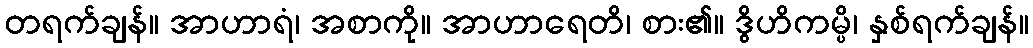
တရက်ချန်။ အာဟာရံ၊ အစာကို။ အာဟာရေတိ၊ စား၏။ ဒွိဟိကမ္ပိ၊ နှစ်ရက်ချန်။